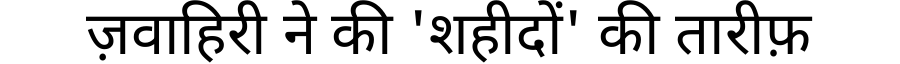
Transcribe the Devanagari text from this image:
ज़वाहिरी ने की 'शहीदों' की तारीफ़